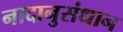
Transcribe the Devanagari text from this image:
नादानुसंधान